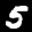
Label: 5